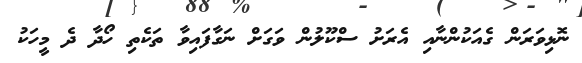
ނޮޅިވަރަން ގެއަކުންނާއި އެރަށު ސްކޫލުން ވަގަށް ނަގާފައިވާ ތަކެތި ހޯދާ ދެ މީހަކު